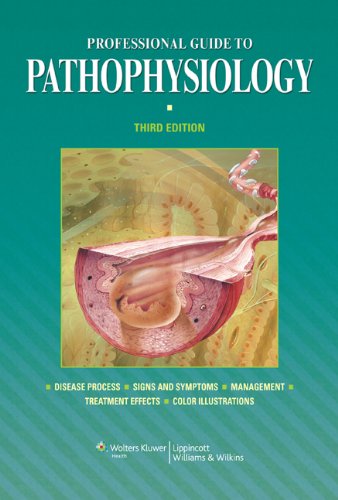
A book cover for Professional Guide to Pathophysiology, 3rd Edition; Lippincott; Medical Books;